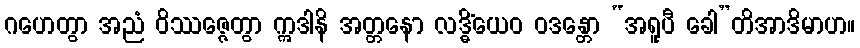
ဂဟေတွာ အညံ ဝိဿဇ္ဇေတွာ ဣဒါနိ အတ္တနော လဒ္ဓိံယေဝ ဝဒန္တော “အရူပီ ခေါ”တိအာဒိမာဟ။